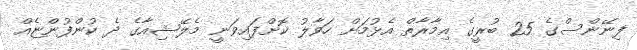
ފިނޭންސްގެ 25 ބުރީގެ އިމާރާތް އެޅުމަށް ހަވާލު ކޮށްފައިވަނީ މެލޭޝިއާގެ ދެ ކުންފުންޏެއް